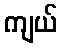
ကျယ်